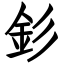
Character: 釤